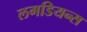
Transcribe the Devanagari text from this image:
लगडियन्स